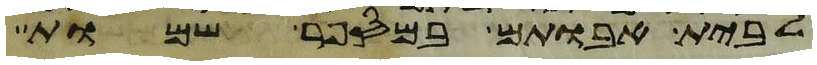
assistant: לבית אבותם במספר שמות